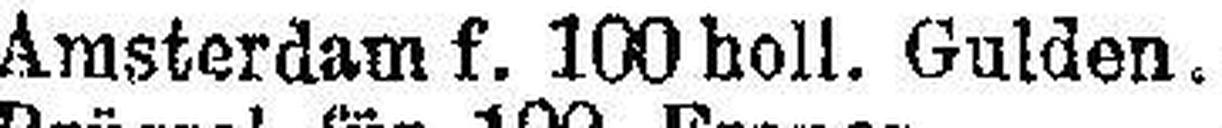
Amsterdam f. 100 holl. Gulden.